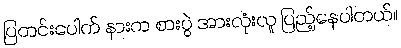
ပြတင်းပေါက် နားက စားပွဲ အားလုံးလူ ပြည့်နေပါတယ်။